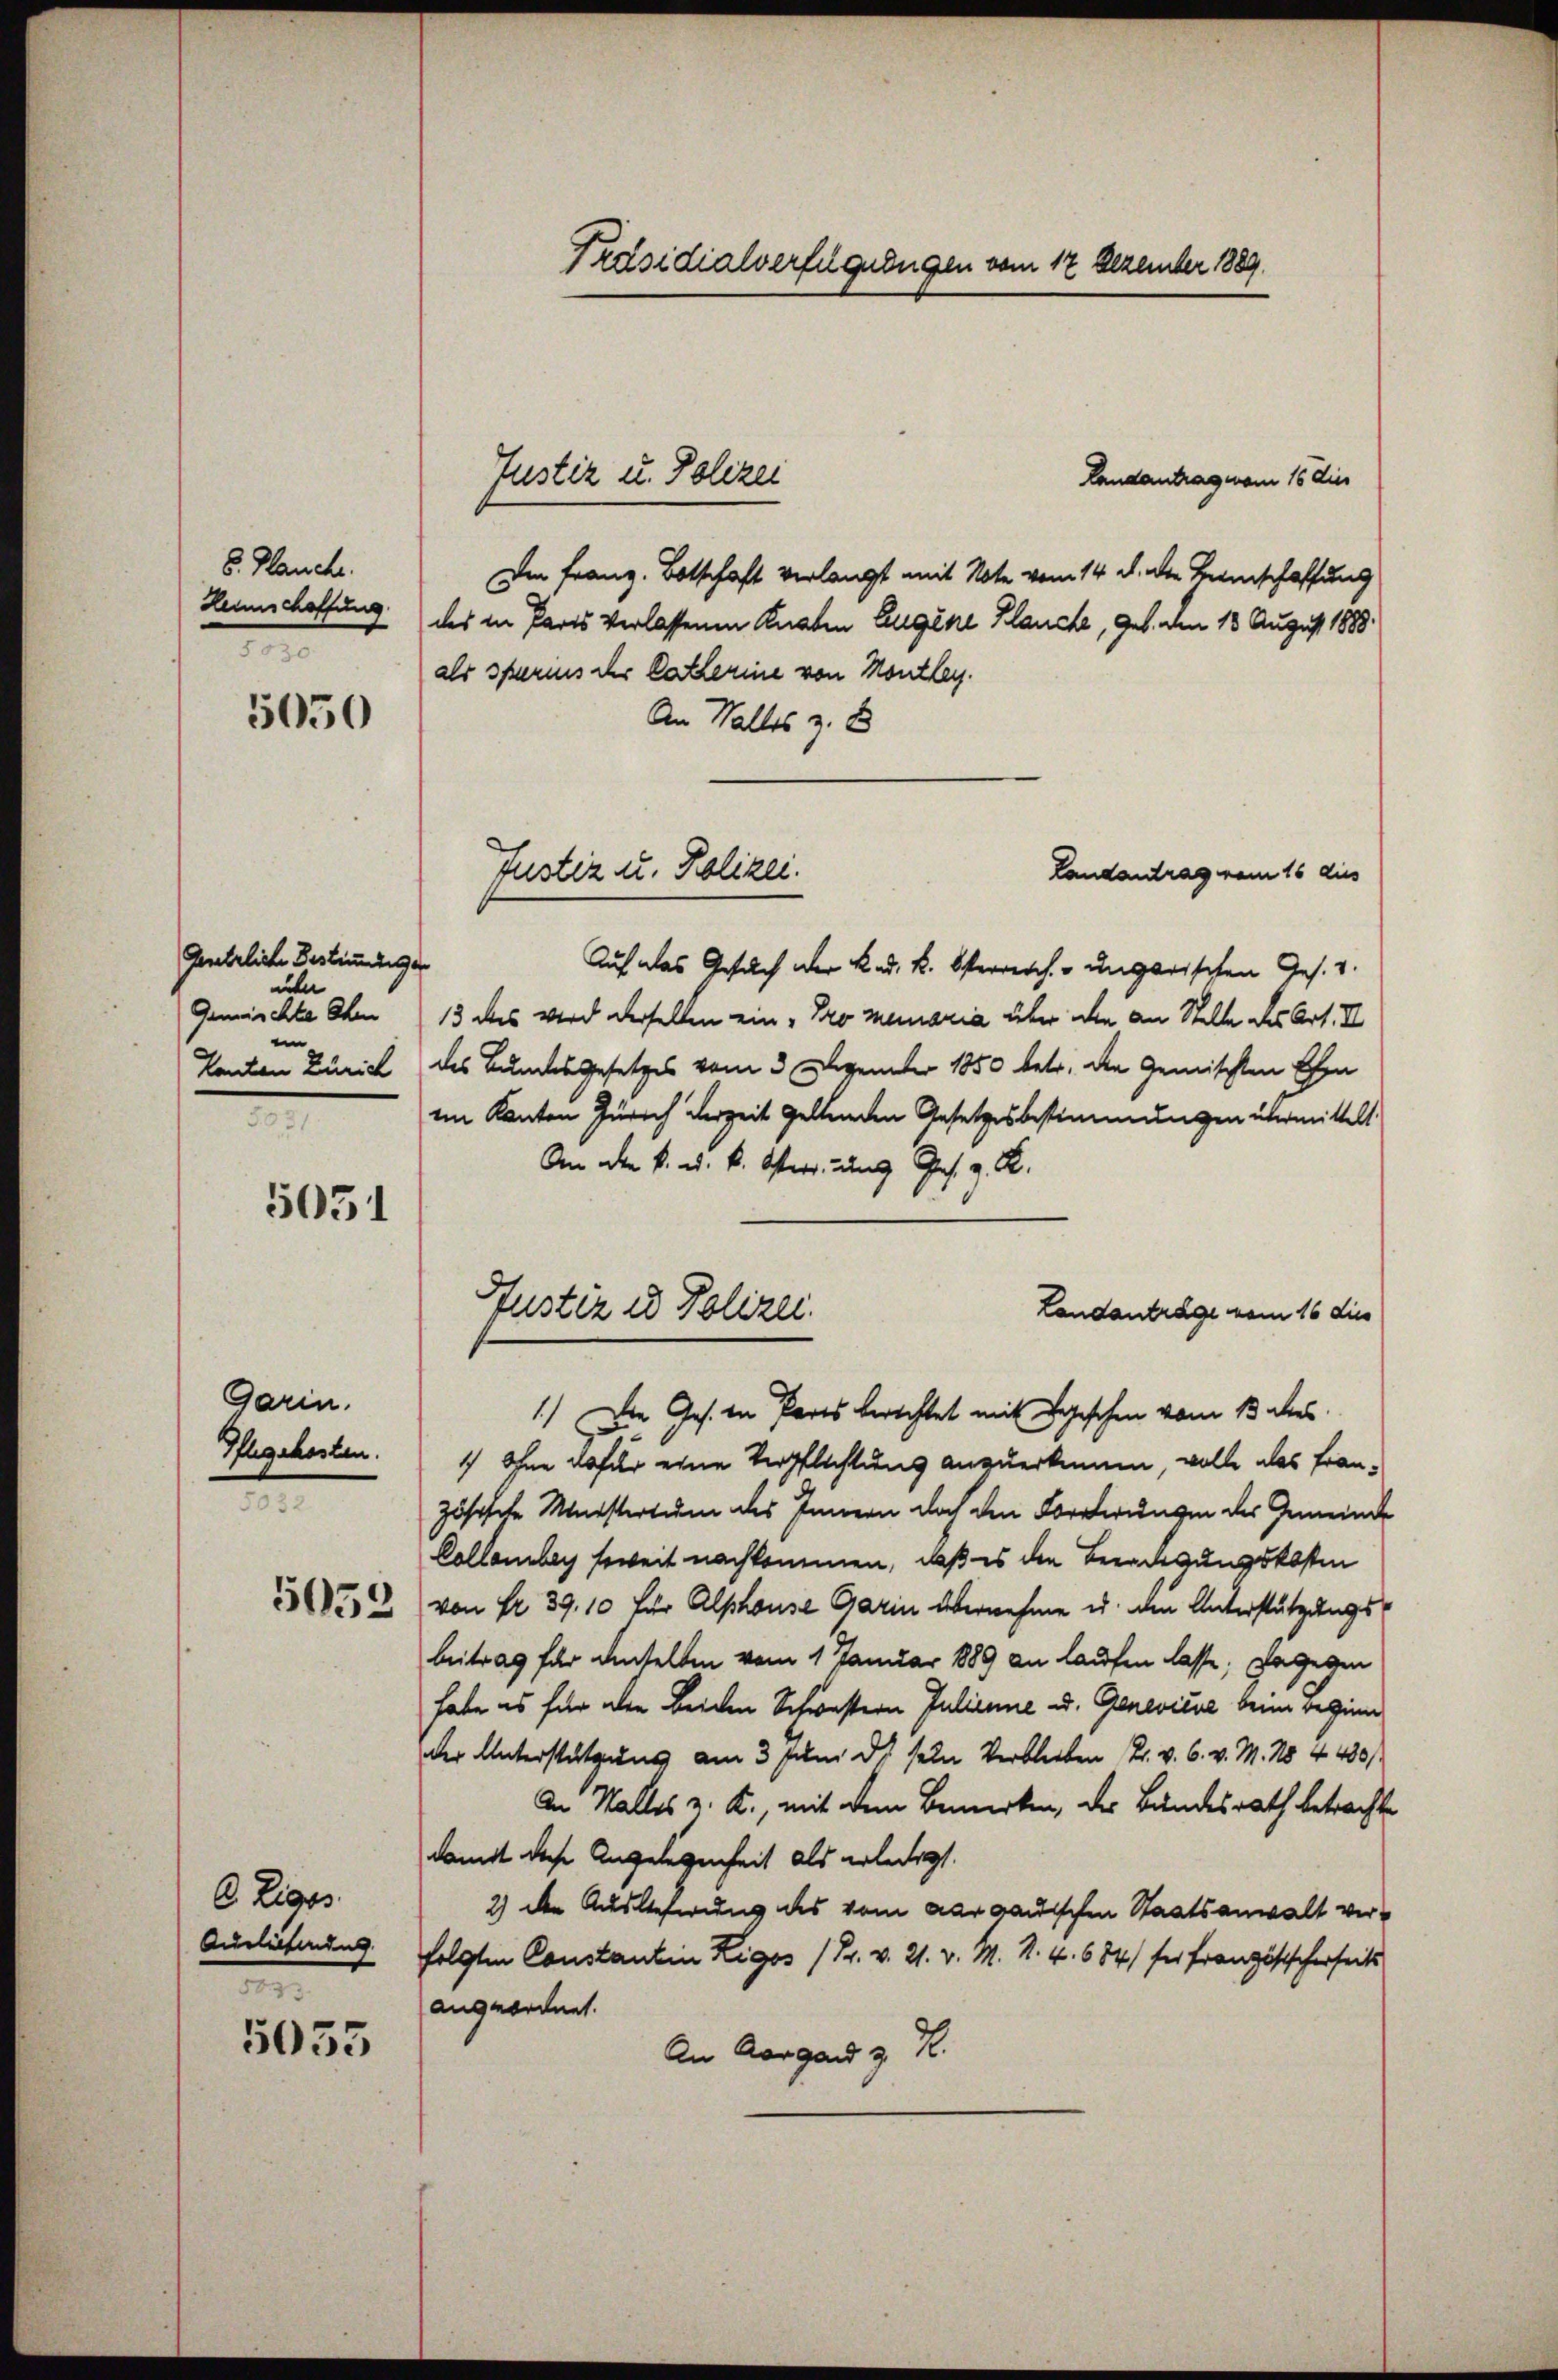
8. Plauche.
Lennschaffung.
e

5050

Gesetzliche Bestründiger
nuler
Gemischte Ohe
e
Kanton Zürich
e

5051

Garin.
Pflegekosten.
1
5053

6. Eige
Auslieferung
.

5035

Präsidialverfügungen vom 17 Dezember 1889.

Landantrag man 15 die
Die Franz. Botschaft verlangt mit Note vom 14. d. die Beeinschaffung
des in Paris verlassenen Knaten Eugene Klauche, geb. den 18 August 1888.
als sparnis der Catharine von Kanzley.
An Walles z. B
Landantrag vom 16 dies
Auf das Gesuch der Kind. K. Osterreich ungarischen Ges. v.
13 das wird derselben ein „Pro Meinaria über die an Stelle des Art. I
des Bundesgesetzes vom 3. Dezember 1850 betr. den Gemischten Ehen
im Kanton Zürich derzeit geltenden Gesetzesbestimmungen übermittelt
An den k. u. k. Osterr. und Ges. z. R.
Landanträge vom 16 dies
1.) Die Ges. in Parts berechtet mit Beschen vom 13 des
1) Ohne dafür eine Verpflichtung anzuerkennen, wolle als Französische Ministertum des Innern doch den Forderungen der Gemeinde
Collenberg soweit nachkommen, daß es den Beredigungskosten
von Fr. 39, 10 für Alphouse Garin übernehme u. den Unterstützungsbeitrag für denselben vom 1 Januar 1889 an laufen lasse; dagegen
habe es für aber beiden Schwestern Julienne u. Genevicue beim Beginn
der Unterstützung am 3. Juni ds. sein Verbleiben 2. v. 6. v. M. No 4430/
An Walles z. K., mit dem Bemerken, der Bundesrath betrachte
damit diese Angelegenheit als erledigt.
2) den Auslieferung des vom Aargauischen Staatsanwalt verfolgten Constantin Rigos /Pr. v. 21. v. M. R. 4. 684/ für Französischerheits
angeordnet.
An Aargard z. R.

Justiz u. Polizei

Justiz u. Polizei.

Justiz u. Polizei.